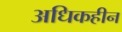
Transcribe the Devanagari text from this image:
अधिकहीन